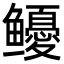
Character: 𩾎